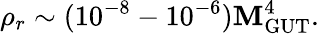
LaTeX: \rho_{r}\sim(10^{-8}-10^{-6})\mathbf{M}_{\mathrm{{GUT}}}^{4}.